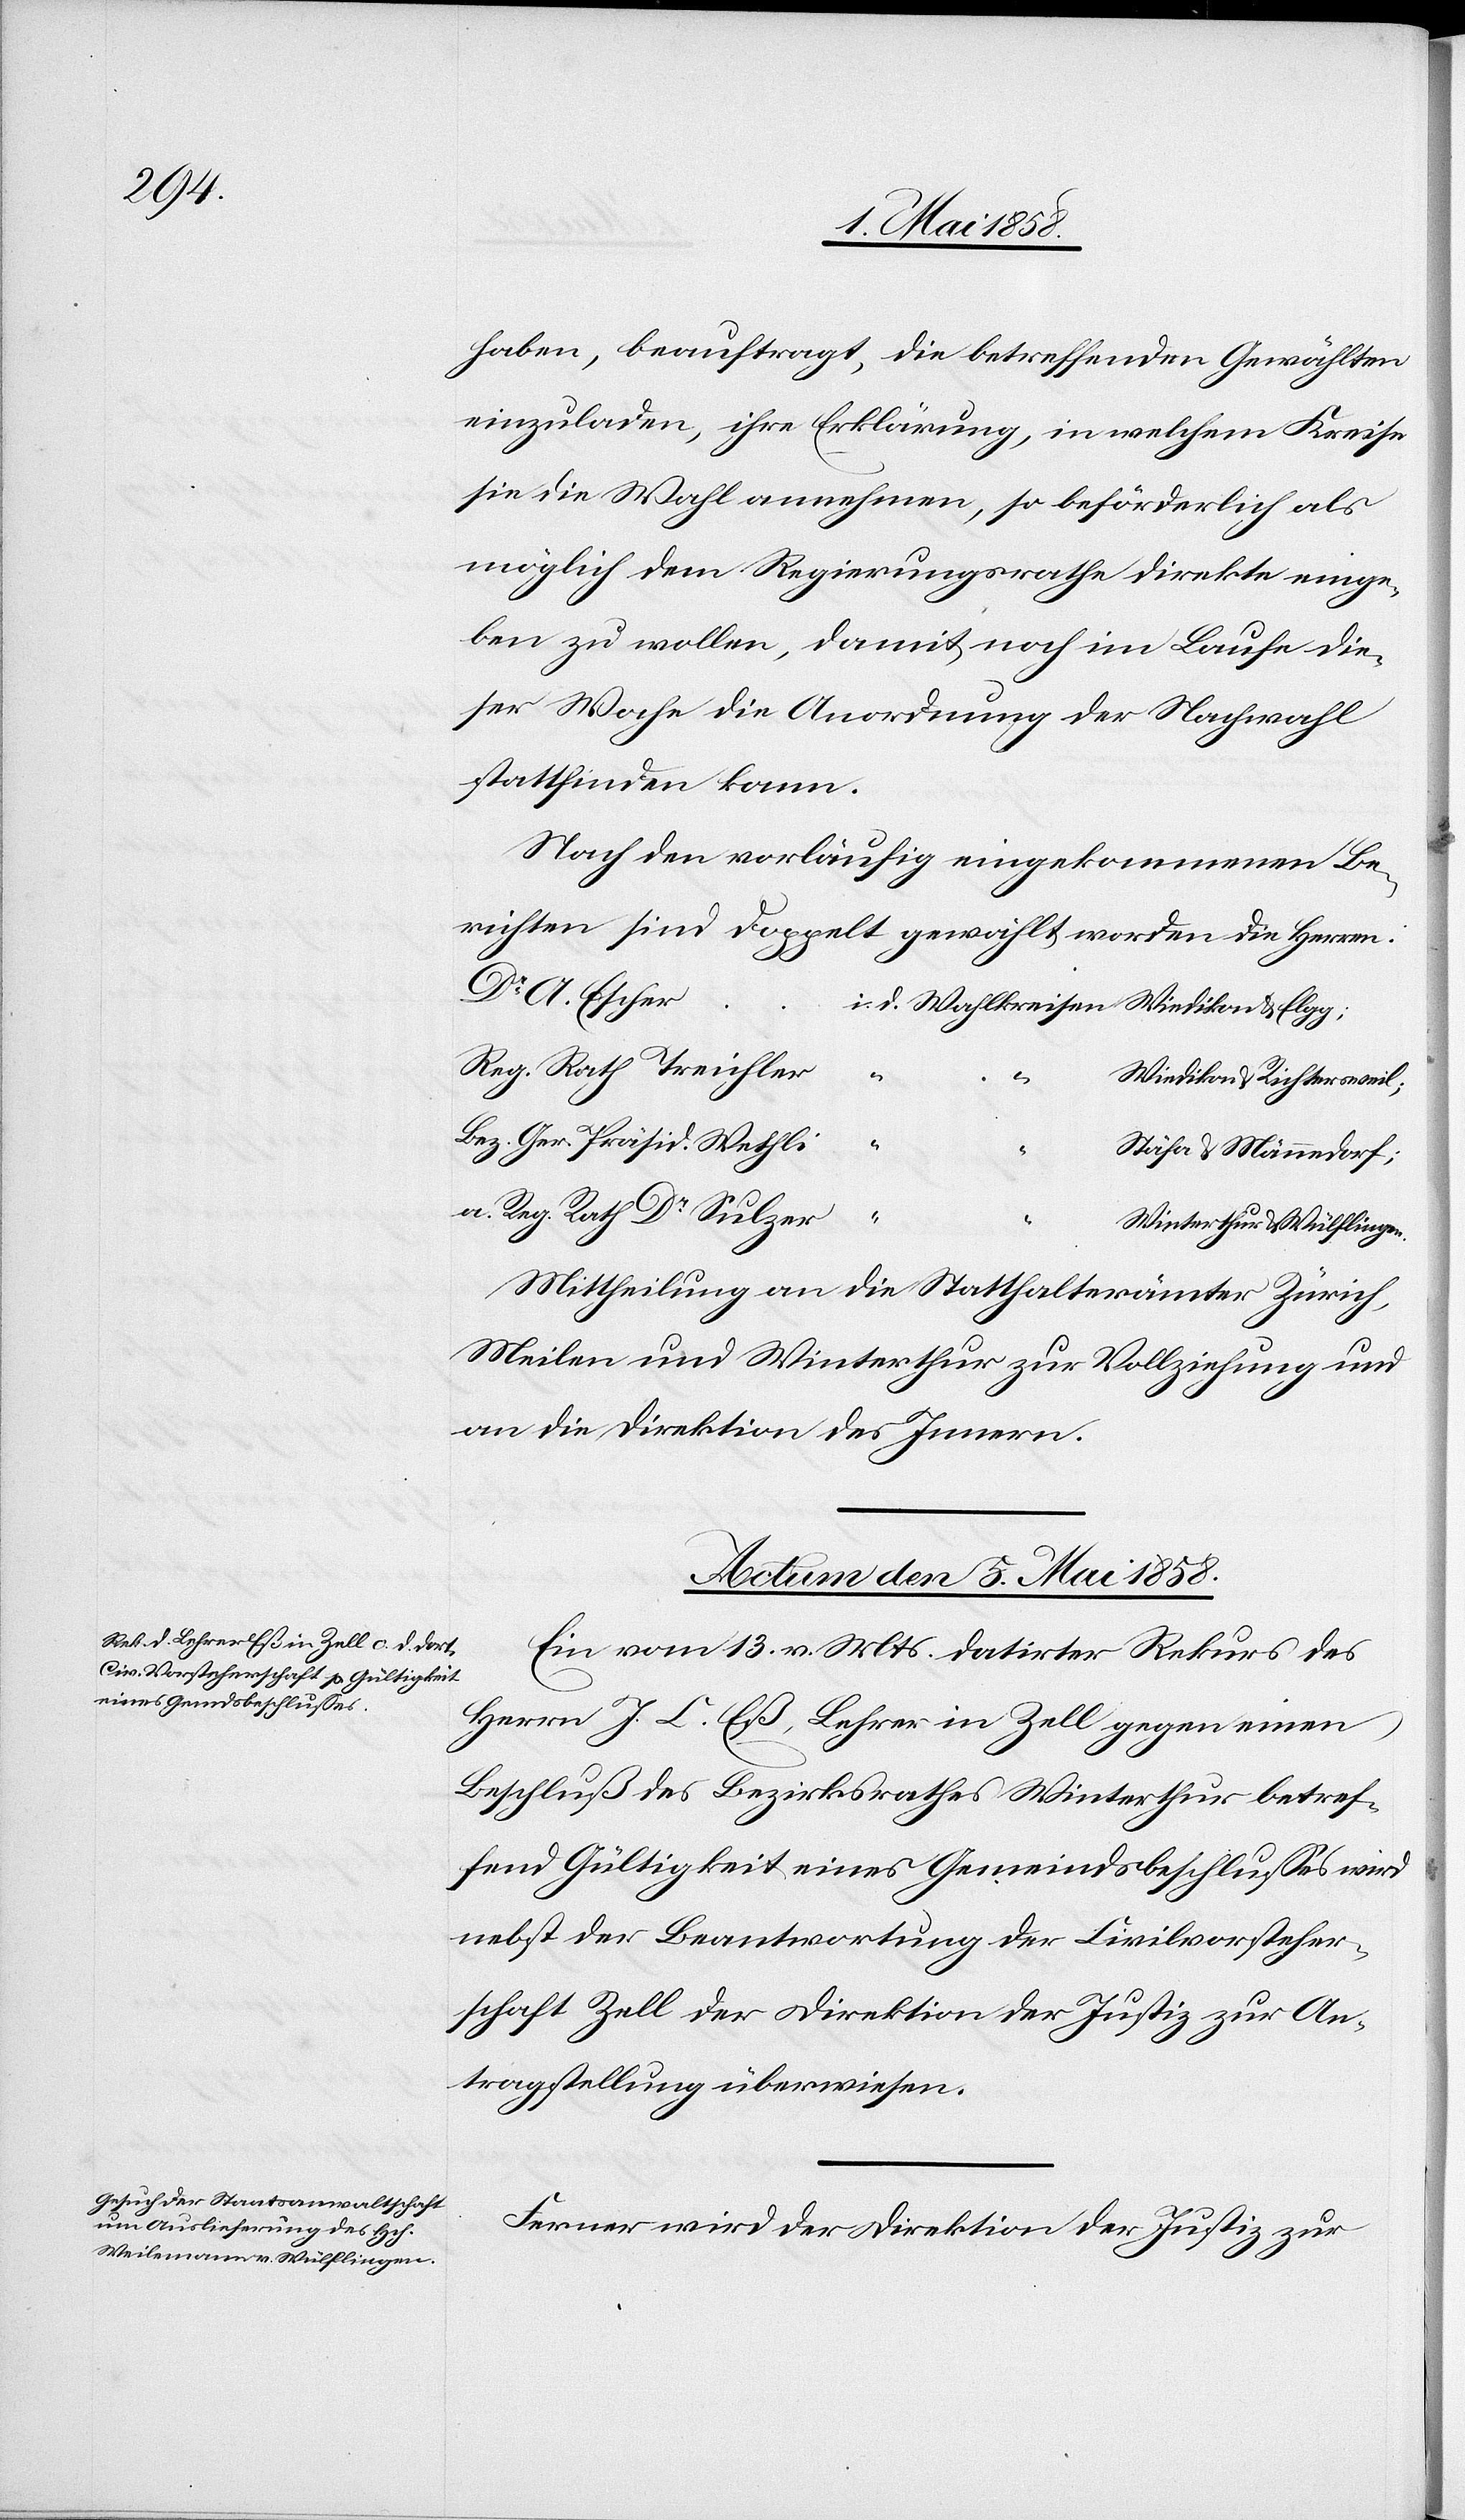
haben, beauftragt, die betreffenden Gewählten
einzuladen, ihre Erklärung, in welchem Kreise
sie die Wahl annehmen, so beförderlich als
möglich dem Regierungsrathe direkte einge¬
ben zu wollen, damit noch im Laufe die¬
ser Woche die Anordnung der Nachwahl
stattfinden kann.
Nach den vorläufig eingekommenen Be¬
richten sind doppelt gewählt worden die Herren:
Dr A. Escher
Reg. Rath Treichler
“
“
Wiedikon u. Richtersweil;
Bez. Ger. Präsid. Wethli
“
Stäfa u. Männedorf;
a. Reg. Rath Dr Sulzer.
“
Winterthur u. Wülflingen.
Mittheilung an die Statthalterämter Zürich,
Meilen und Winterthur zur Vollziehung und
an die Direktion des Innern.
Actum den 5. Mai 1858.]
Ein vom 13. v. Mts. datirter Rekurs des
Herrn J. C. Eß, Lehrer in Zell gegen einen
Beschluß des Bezirksrathes Winterthur betref¬
fend Gültigkeit eines Gemeindsbeschlusses wird
nebst der Beantwortung der Civilvorsteher¬
schaft Zell der Direktion der Justiz zur An¬
tragstellung überwiesen.
Ferner wird der Direktion der Justiz zur